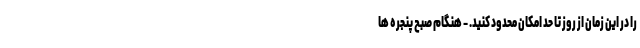
را در این زمان از روز تا حد امکان محدود کنید. - هنگام صبح پنجره ها